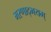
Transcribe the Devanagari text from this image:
मरणाद्भयम्